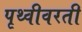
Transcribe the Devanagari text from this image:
पृथ्वीवरती